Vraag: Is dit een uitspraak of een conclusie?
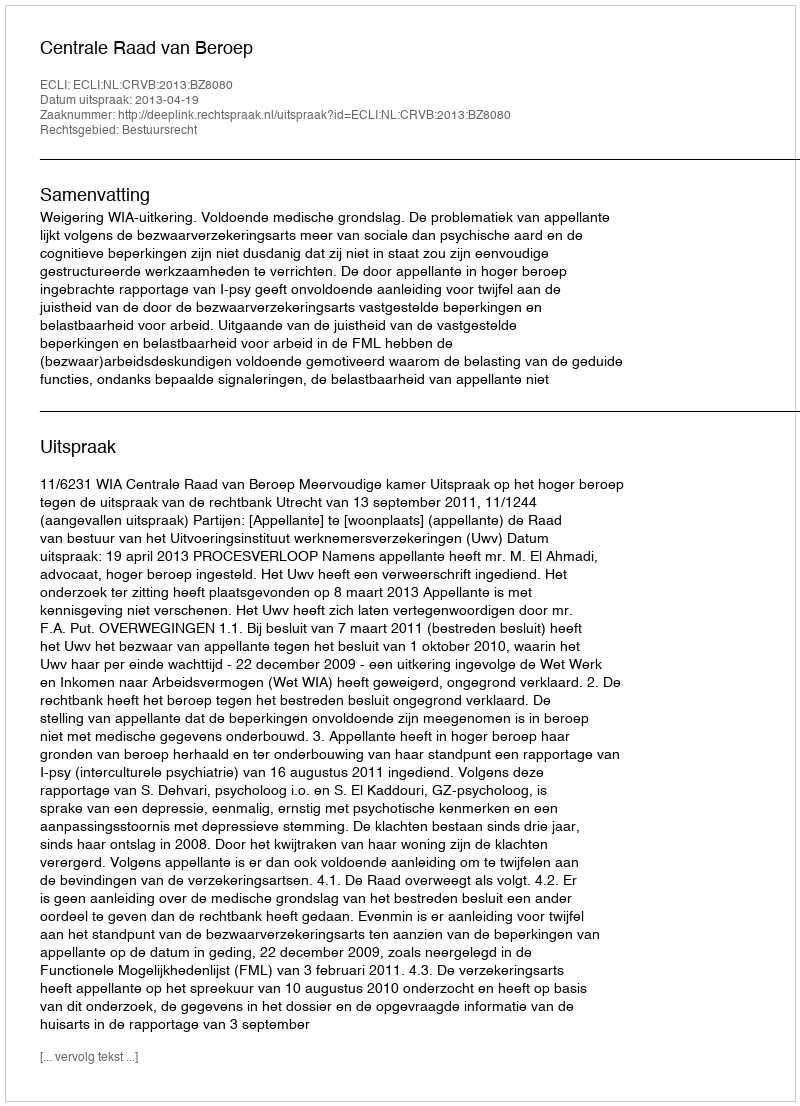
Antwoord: Uitspraak